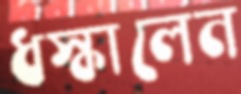
ধস্‌কালেন